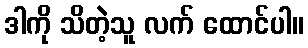
ဒါကို သိတဲ့သူ လက် ထောင်ပါ။